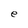
Character: e